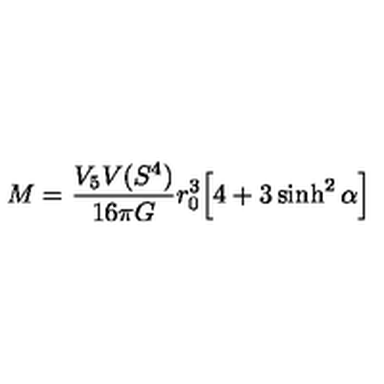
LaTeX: M = \frac { V _ { 5 } V ( S ^ { 4 } ) } { 1 6 \pi G } r _ { 0 } ^ { 3 } \Big [ 4 + 3 \sinh ^ { 2 } \alpha \Big ]